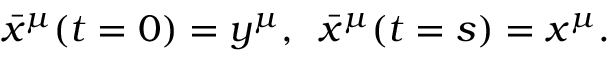
\bar { x } ^ { \mu } ( t = 0 ) = y ^ { \mu } , \, \, \, \bar { x } ^ { \mu } ( t = s ) = x ^ { \mu } .